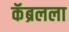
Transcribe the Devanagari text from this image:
कॅब्रलला